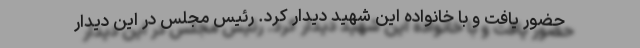
حضور یافت و با خانواده این شهید دیدار کرد. رئیس مجلس در این دیدار